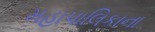
મહાપાલિકાના